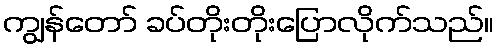
ကျွန်တော် ခပ်တိုးတိုးပြောလိုက်သည်။